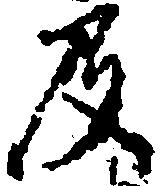
及